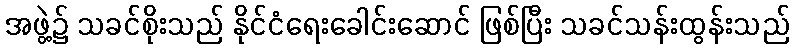
အဖွဲ့၌ သခင်စိုးသည် နိုင်ငံရေးခေါင်းဆောင် ဖြစ်ပြီး သခင်သန်းထွန်းသည်